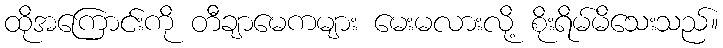
ထိုအကြောင်းကို တီချာမေကများ မေးမလားလို့ စိုးရိမ်မိသေးသည်။